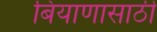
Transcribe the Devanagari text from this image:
बियाणासाठी